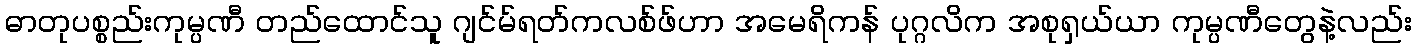
ဓာတုပစ္စည်းကုမ္ပဏီ တည်ထောင်သူ ဂျင်မ်ရတ်ကလစ်ဖ်ဟာ အမေရိကန် ပုဂ္ဂလိက အစုရှယ်ယာ ကုမ္ပဏီတွေနဲ့လည်း